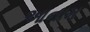
આનામ